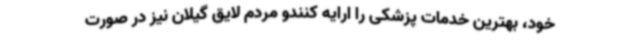
خود، بهترین خدمات پزشکی را ارایه کنندو مردم لایق گیلان نیز در صورت